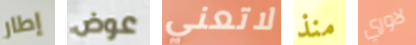
إطار عوض لاتعني منذ لاوري